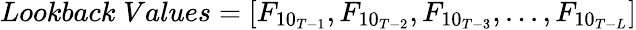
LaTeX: Lookback\; Values=[F_{{10}_{T-1}},F_{{10}_{T-2}},F_{{10}_{T-3}},...,F_{{10}_{T-L}}]